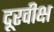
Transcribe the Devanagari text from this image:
दूरवीक्ष